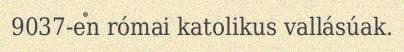
9037-en római katolikus vallásúak.